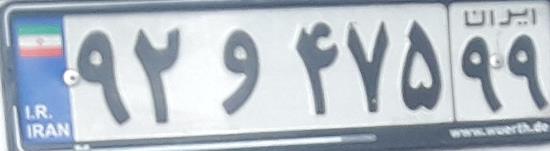
۹۲و۴۷۵۹۹